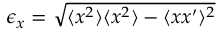
\epsilon _ { x } = \sqrt { \langle x ^ { 2 } \rangle \langle x ^ { 2 } \rangle - \langle x x ^ { \prime } \rangle ^ { 2 } }